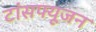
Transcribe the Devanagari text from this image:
टांसफ्यूजन